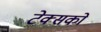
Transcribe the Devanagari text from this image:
टेक्सको